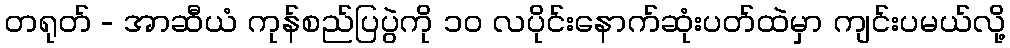
တရုတ် - အာဆီယံ ကုန်စည်ပြပွဲကို ၁၀ လပိုင်းနောက်ဆုံးပတ်ထဲမှာ ကျင်းပမယ်လို့